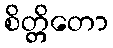
စိတ္တိတော